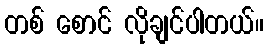
တစ် စောင် လိုချင်ပါတယ်။